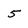
Character: 5